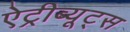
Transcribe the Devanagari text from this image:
ऐट्रीब्यूट्स